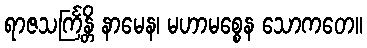
ရာဇသင်္ကြန္တိ နာမေန၊ မဟာမစ္စေန သောကတေ။